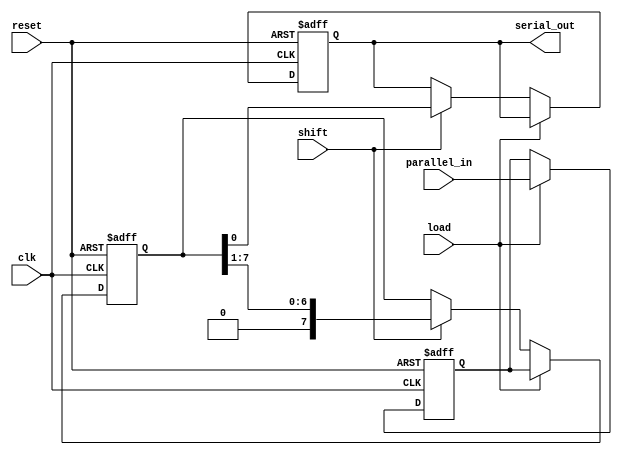
module TwoStagePISO #(
    parameter WIDTH = 8  // Parameter for data width
)(
    input wire clk,         // Clock signal
    input wire reset,       // Reset signal
    input wire load,        // Load signal
    input wire shift,       // Shift signal
    input wire [WIDTH-1:0] parallel_in, // Parallel input data
    output reg serial_out    // Serial output
);

    // Stage 1: Input Register
    reg [WIDTH-1:0] input_reg; // Parallel input register
    // Stage 2: Shift Register
    reg [WIDTH-1:0] shift_reg;  // Shift register

    // Sequential logic for the registers
    always @(posedge clk or posedge reset) begin
        if (reset) begin
            input_reg <= {WIDTH{1'b0}}; // Clear input register
            shift_reg <= {WIDTH{1'b0}}; // Clear shift register
            serial_out <= 1'b0;         // Clear serial output
        end else begin
            if (load) begin
                input_reg <= parallel_in; // Load data into input register
                shift_reg <= input_reg;    // Load the input register to shift register
            end else if (shift) begin
                shift_reg <= {1'b0, shift_reg[WIDTH-1:1]}; // Shift data right
                serial_out <= shift_reg[0]; // Output the least significant bit
            end
        end
    end

endmodule